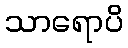
သာရောပိ